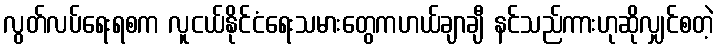
လွတ်လပ်ရေးရစက လူငယ်နိုင်ငံရေးသမားတွေကဟယ်ချာချီ နင်သည်ကားဟုဆိုလျှင်စတဲ့